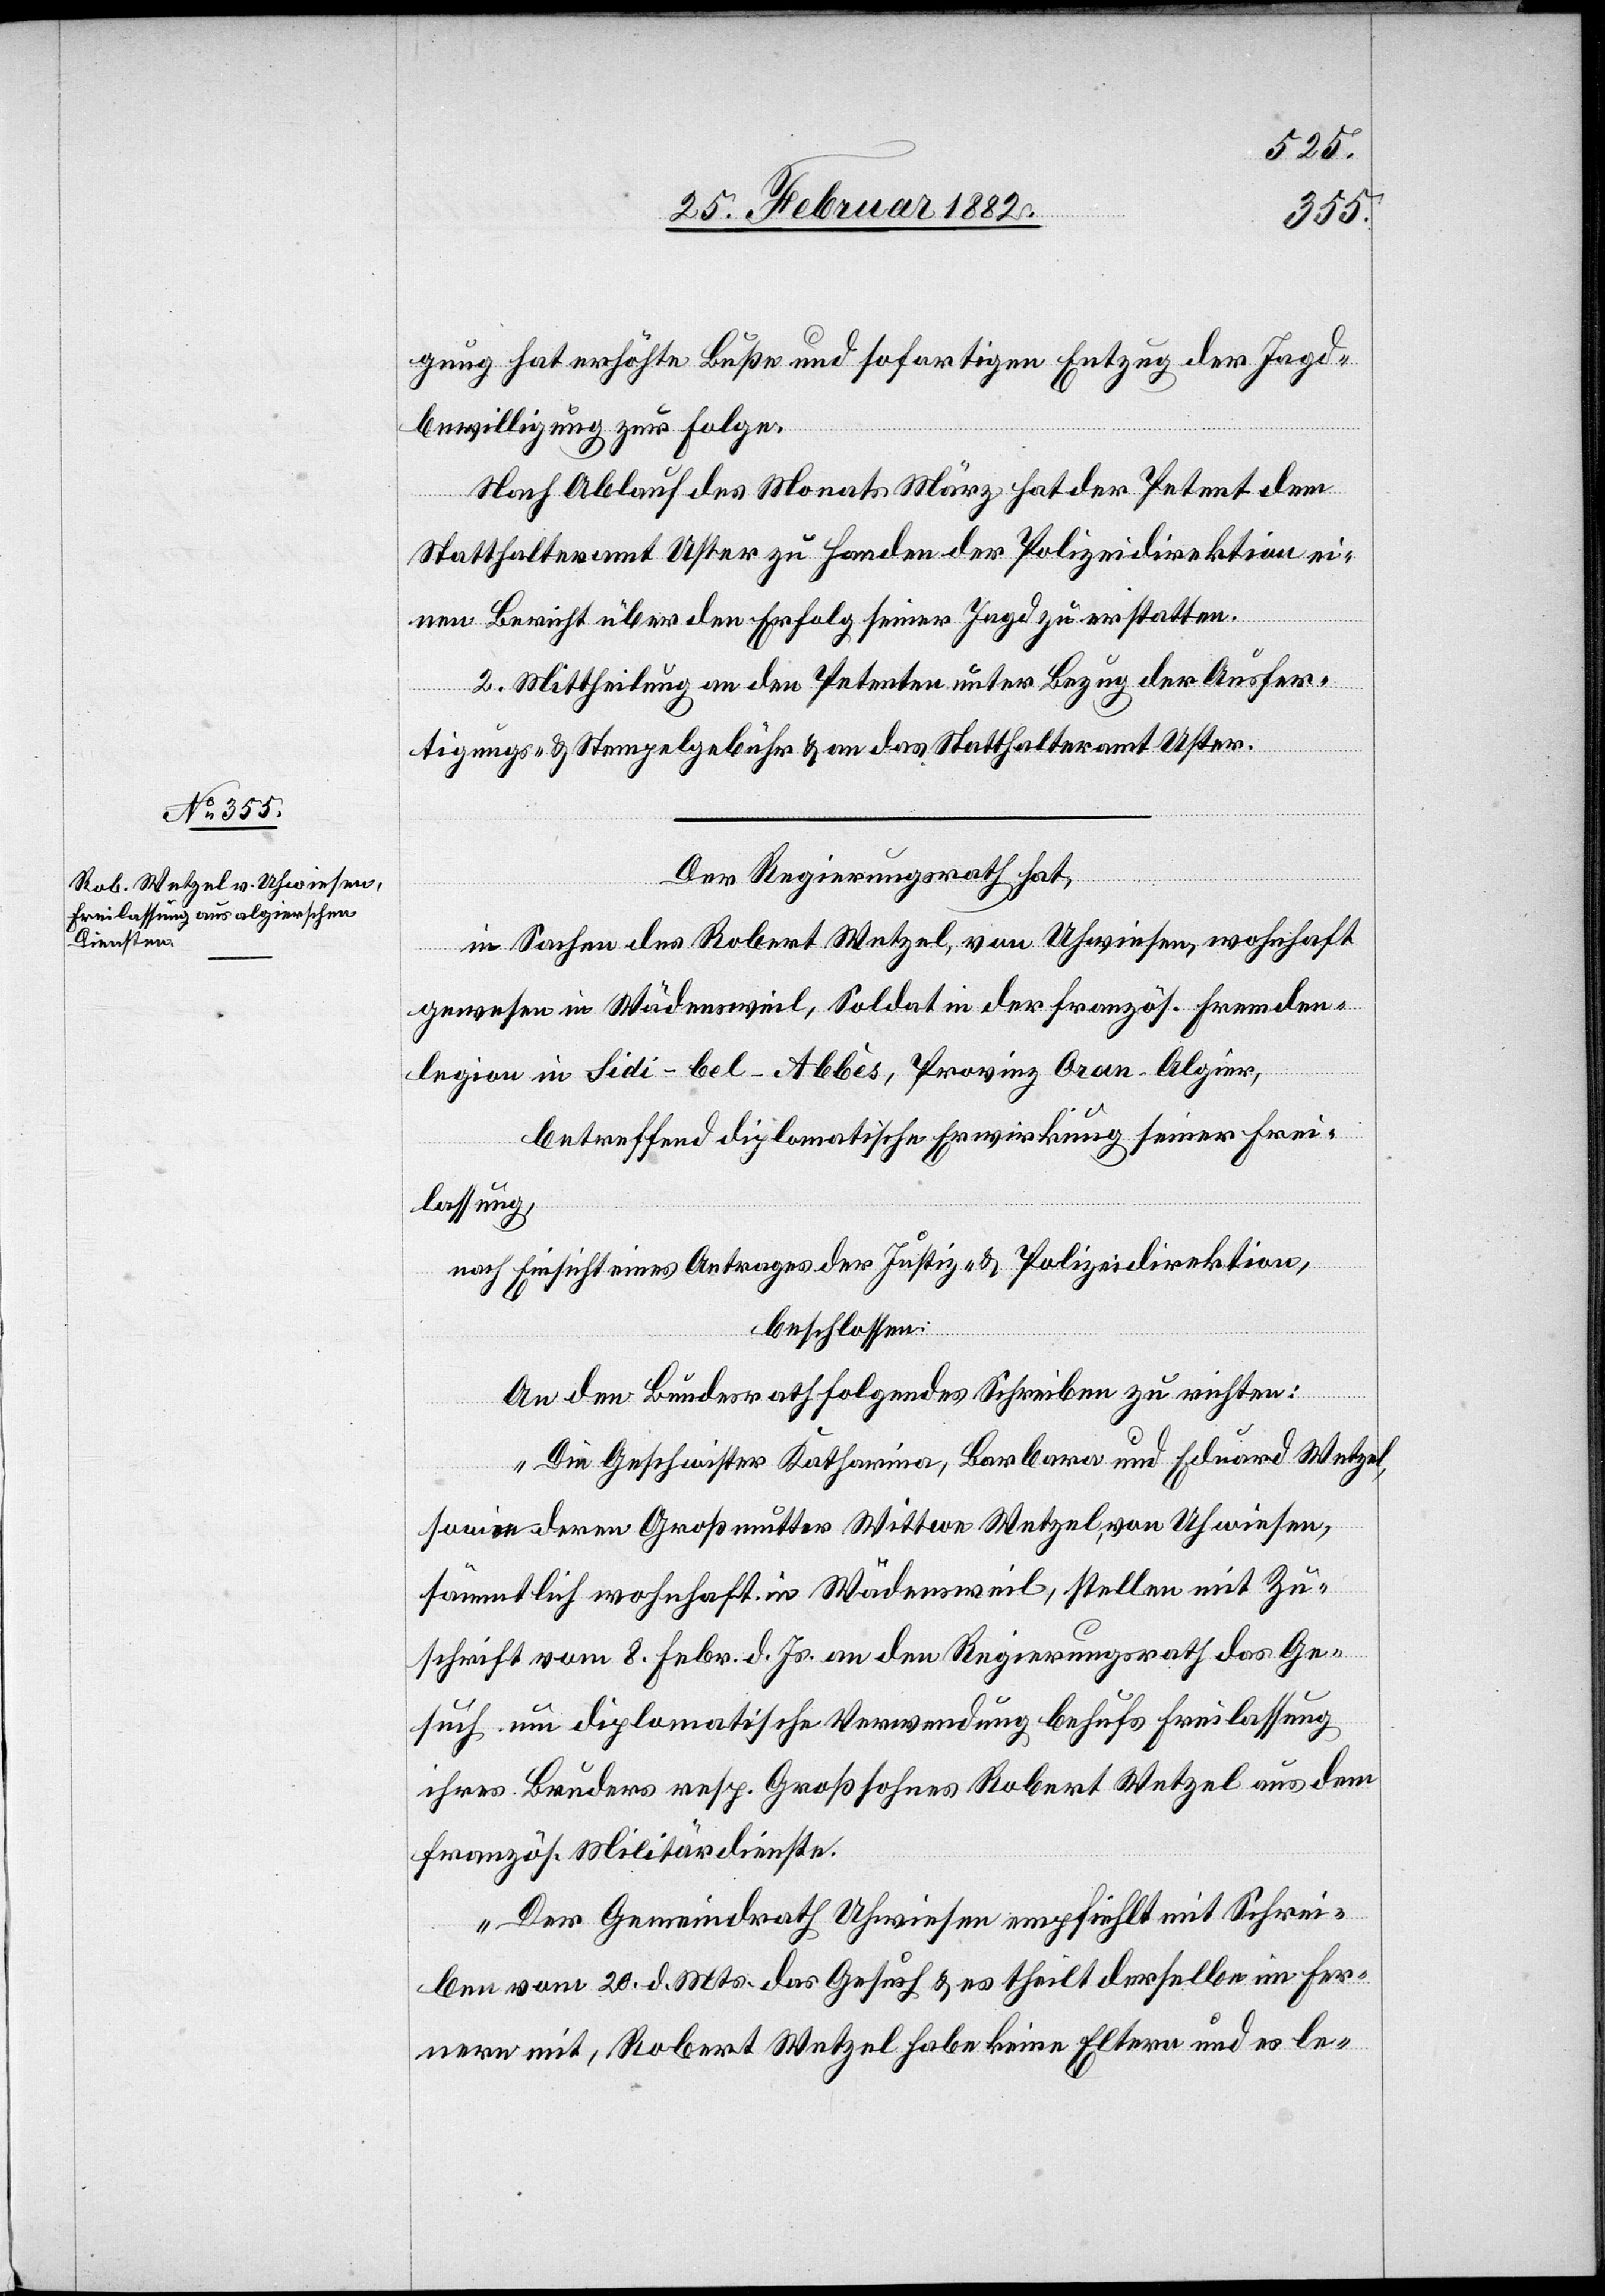
gung hat erhöhte Buße und sofortigen Entzug der Jagd¬
bewilligung zur Folge.
Nach Ablauf des Monats März hat der Petent dem
Statthalteramt Uster zu Handen der Polizeidirektion ei¬
nen Bericht über den Erfolg seiner Jagd zu erstatten.
2. Mittheilung an den Petenten unter Bezug der Ausfer¬
tigungs- & Stempelgebühr & an das Statthalteramt Uster.
Der Regierungsrath hat,
in Sachen des Robert Wetzel, von Uhwiesen, wohnhaft
gewesen in Wädensweil, Soldat in der französ. Fremden¬
legion in Sidi-bel-Abbès, Provinz Oran-Algier,
betreffend diplomatische Erwirkung seiner Frei¬
lassung,
nach Einsicht eines Antrages der Justiz- & Polizeidirektion,
beschlossen:
An den Bundesrath folgendes Schreiben zu richten:
„Die Geschwister Katharina, Barbara und Eduard Wetzel,
sowie deren Großmutter Wittwe Wetzel, von Uhwiesen,
sämmtlich wohnhaft in Wädensweil, stellen mit Zu¬
schrift vom 8. Febr. d. Js. an den Regierungsrath das Ge¬
such um diplomatische Verwendung behufs Freilassung
ihres Bruders resp. Großsohnes Robert Wetzel aus dem
französ. Militärdienste.
Der Gemeindrath Uhwiesen empfiehlt mit Schrei¬
ben vom 20. d. Mts. das Gesuch & es theilt derselbe im fer¬
neren mit, Robert Wetzel habe keine Eltern und es le-